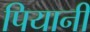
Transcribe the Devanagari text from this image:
पियानी